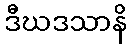
ဒီဃဒသာနိ